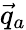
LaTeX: \vec{q}_{a}